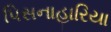
પિસનાહારિયા